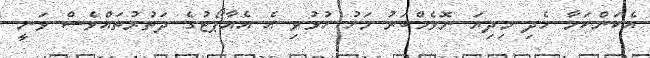
އެކަންކަމާ ހެދި މިދިޔަ ނޮވެމްބަރު މަހު ހުޅުވި އެ އެއާޕޯޓުގެ ދަތުރުތައްވެސް ވަނީ